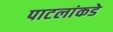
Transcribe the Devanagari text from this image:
पाटलांकडे